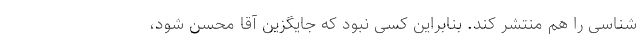
شناسی را هم منتشر کند. بنابراین کسی نبود که جایگزین آقا محسن شود،